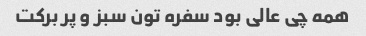
همه چی عالی بود سفره تون سبز و پر برکت